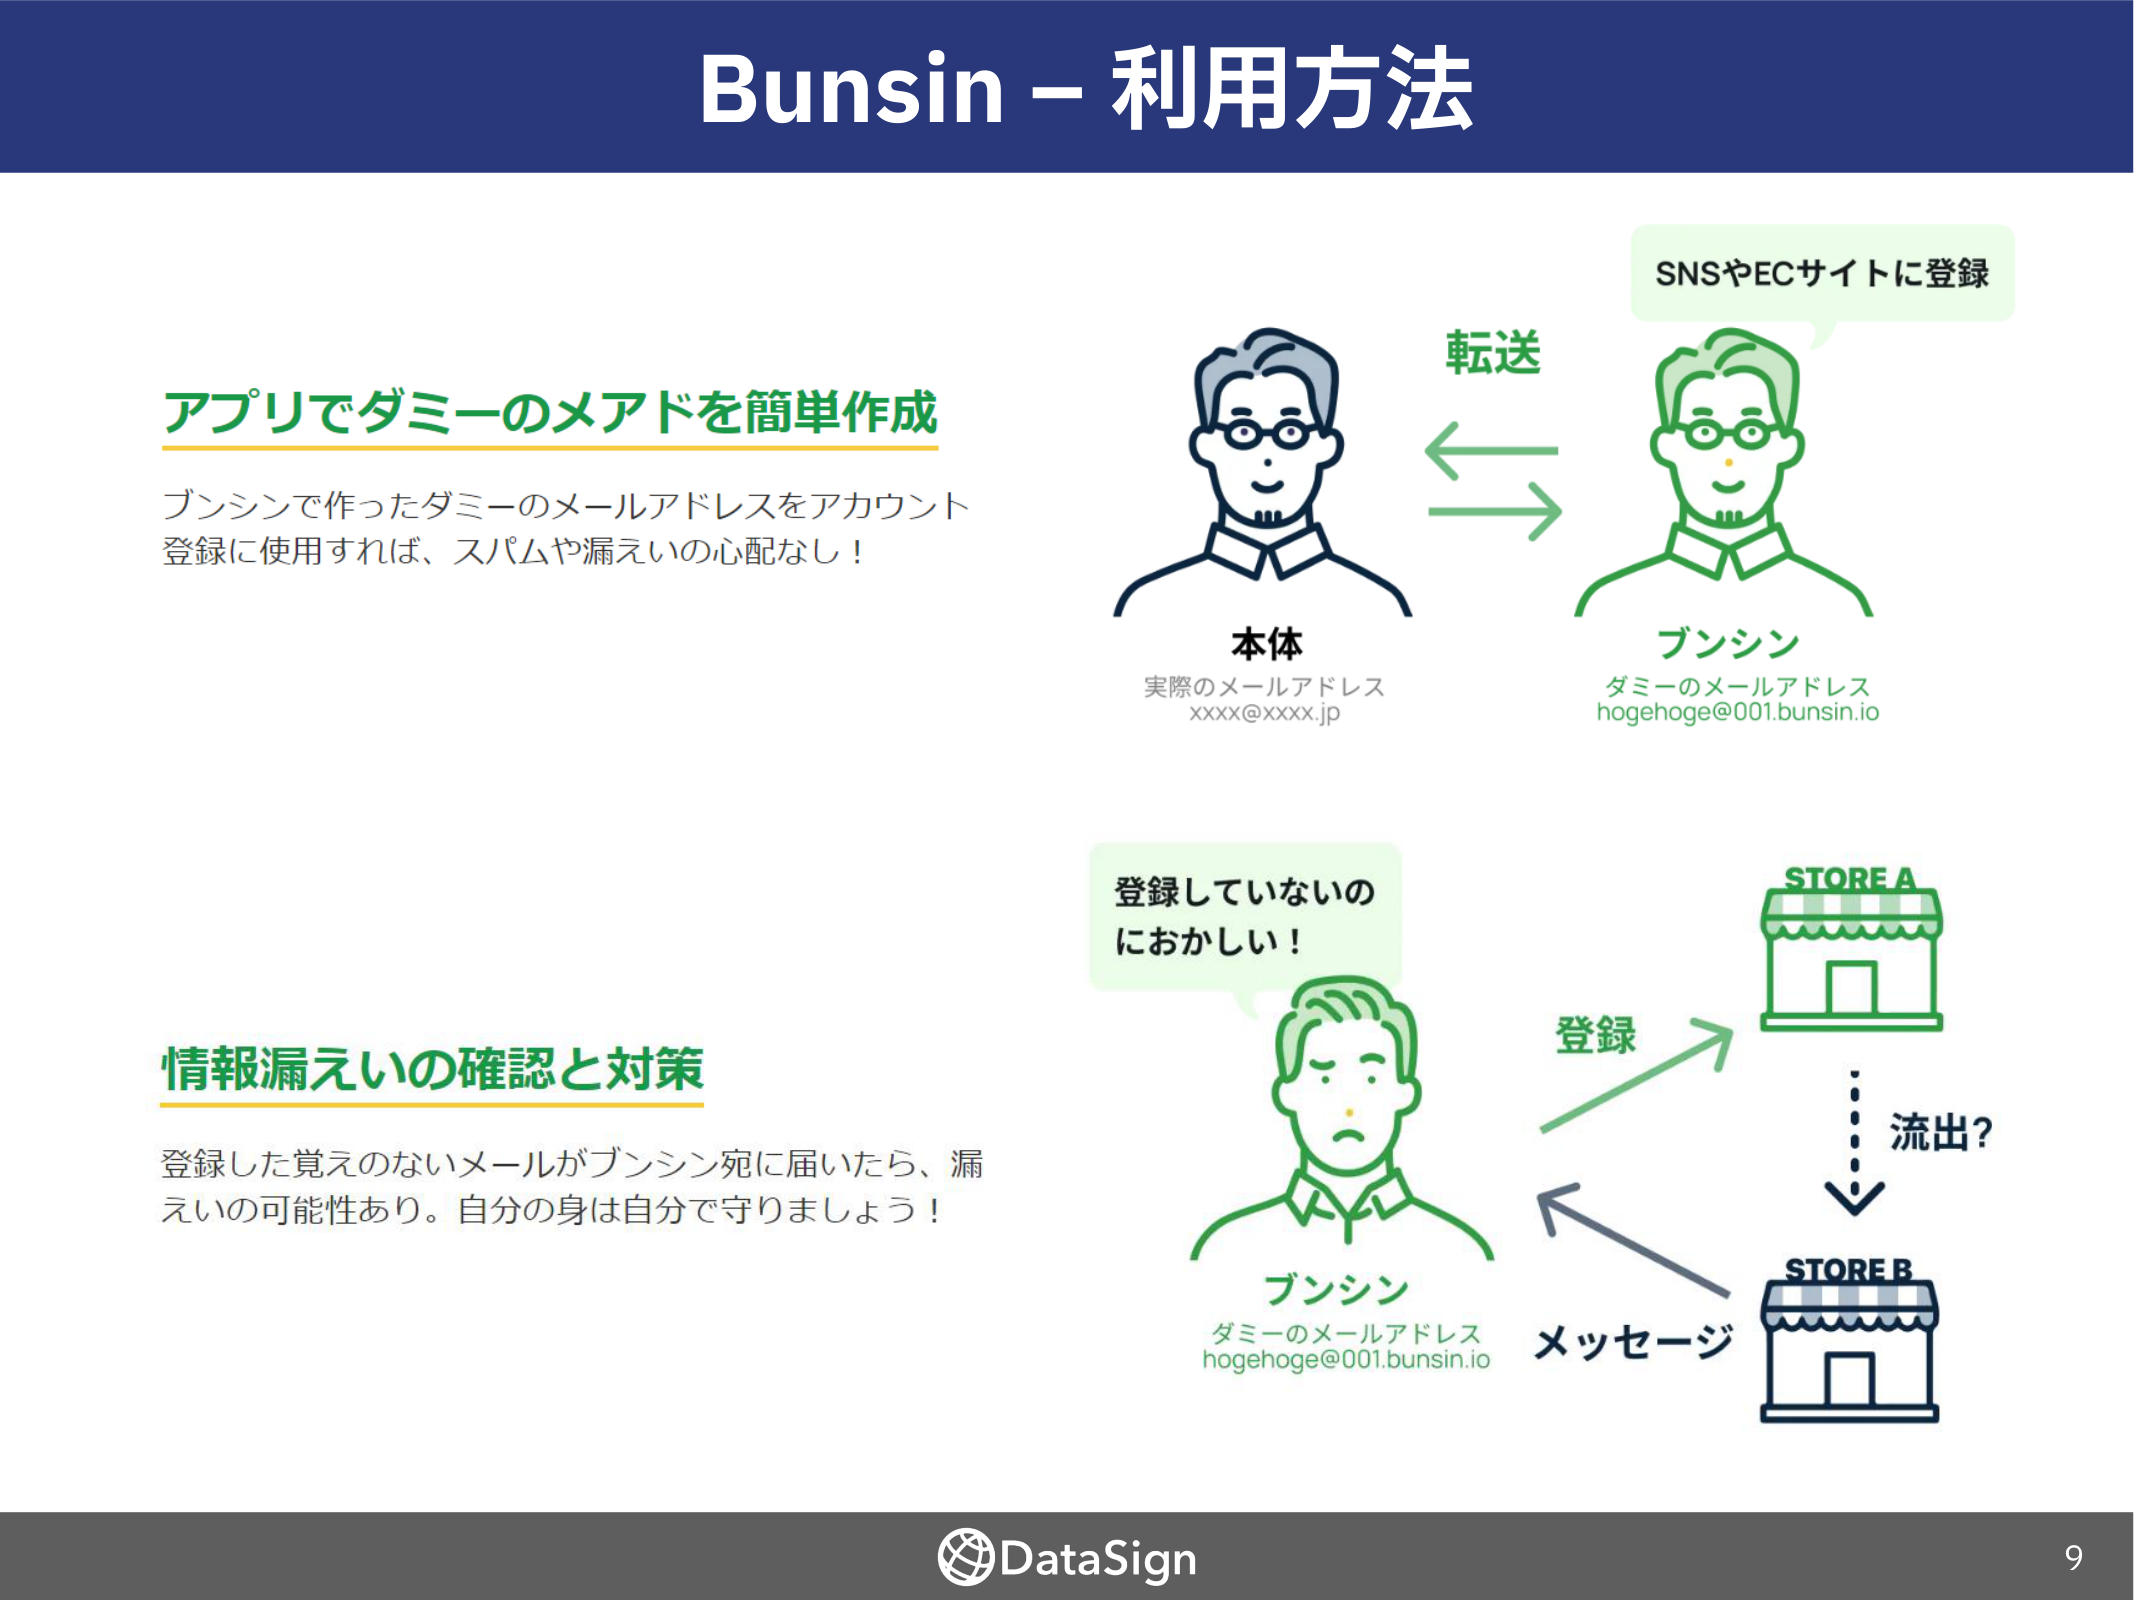
Bunsin – 利用方法

アプリでダミーのメアドを簡単作成
ブンシンで作ったダミーのメールアドレスをアカウント
登録に使用すれば、スパムや漏えいの心配なし！

本体
実際のメールアドレス
xxxx@xxxx.jp

転送

SNSやECサイトに登録

ブンシン
ダミーのメールアドレス
hoge hoge@001.bunsin.io

情報漏えいの確認と対策
登録した覚えのないメールがブンシン宛に届いたら、漏
えいの可能性あり。自分の身は自分で守りましょう！

登録していないの
におかしい！

登録

STORE A

流出？

メッセージ

STORE B

ブンシン
ダミーのメールアドレス
hoge hoge@001.bunsin.io

DataSign
9